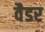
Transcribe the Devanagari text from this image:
वैडर